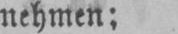
nehmen;